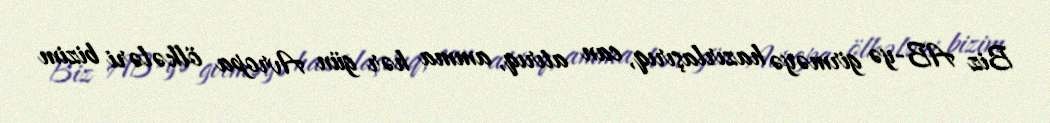
Biz AB-yə girməyə hazırlaşırıq, can atırıq, amma hər gün Avropa ölkələri bizim